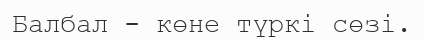
Балбал - көне түркі сөзі.